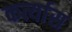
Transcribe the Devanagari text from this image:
कर्त्यास